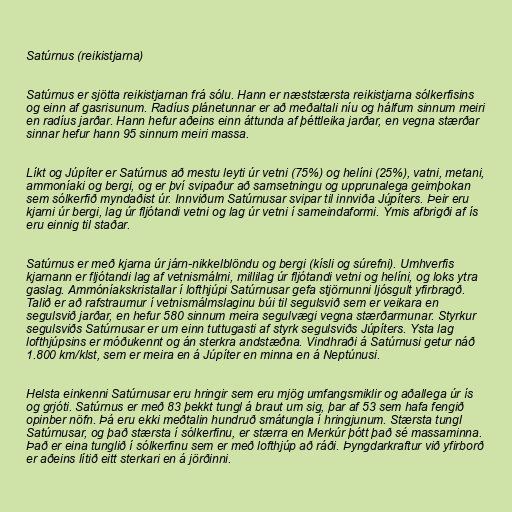
Satúrnus (reikistjarna)

Satúrnus er sjötta reikistjarnan frá sólu. Hann er næststærsta reikistjarna sólkerfisins
og einn af gasrisunum. Radíus plánetunnar er að meðaltali níu og hálfum sinnum meiri
en radíus jarðar. Hann hefur aðeins einn áttunda af þéttleika jarðar, en vegna stærðar
sinnar hefur hann 95 sinnum meiri massa.

Líkt og Júpíter er Satúrnus að mestu leyti úr vetni (75%) og helíni (25%), vatni, metani,
ammoníaki og bergi, og er því svipaður að samsetningu og upprunalega geimþokan
sem sólkerfið myndaðist úr. Innviðum Satúrnusar svipar til innviða Júpíters. Þeir eru
kjarni úr bergi, lag úr fljótandi vetni og lag úr vetni í sameindaformi. Ýmis afbrigði af ís
eru einnig til staðar.

Satúrnus er með kjarna úr járn-nikkelblöndu og bergi (kísli og súrefni). Umhverfis
kjarnann er fljótandi lag af vetnismálmi, millilag úr fljótandi vetni og helíni, og loks ytra
gaslag. Ammóníakskristallar í lofthjúpi Satúrnusar gefa stjörnunni ljósgult yfirbragð.
Talið er að rafstraumur í vetnismálmslaginu búi til segulsvið sem er veikara en
segulsvið jarðar, en hefur 580 sinnum meira segulvægi vegna stærðarmunar. Styrkur
segulsviðs Satúrnusar er um einn tuttugasti af styrk segulsviðs Júpíters. Ysta lag
lofthjúpsins er móðukennt og án sterkra andstæðna. Vindhraði á Satúrnusi getur náð
1.800 km/klst, sem er meira en á Júpíter en minna en á Neptúnusi.

Helsta einkenni Satúrnusar eru hringir sem eru mjög umfangsmiklir og aðallega úr ís
og grjóti. Satúrnus er með 83 þekkt tungl á braut um sig, þar af 53 sem hafa fengið
opinber nöfn. Þá eru ekki meðtalin hundruð smátungla í hringjunum. Stærsta tungl
Satúrnusar, og það stærsta í sólkerfinu, er stærra en Merkúr þótt það sé massaminna.
Það er eina tunglið í sólkerfinu sem er með lofthjúp að ráði. Þyngdarkraftur við yfirborð
er aðeins lítið eitt sterkari en á jörðinni.